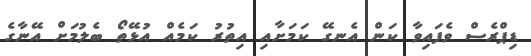
ޑިޕްރެސް ވެފައިވާ ކަން އެނގޭ ކަމަށާއި އިތުރު ކަމެއް އުޅޭތޯ ބެލުމަށް އޭނާގެ